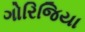
ગોરિજિયા